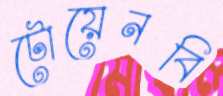
টোয়েনবি